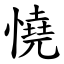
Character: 憢